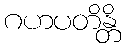
ဂဟပတိန္တိ